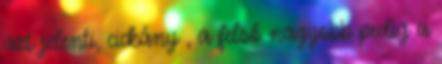
azt jelenti, cickány , a felső nagyobb pedig a